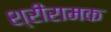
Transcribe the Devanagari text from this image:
श्रीरामक